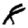
Digit: 8